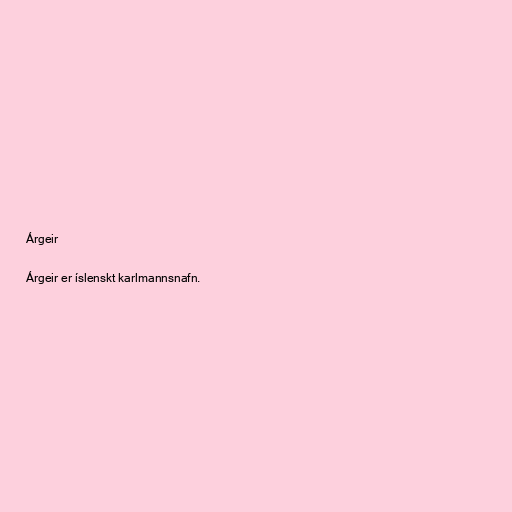
Árgeir

Árgeir er íslenskt karlmannsnafn.